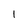
Character: 1